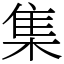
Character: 集